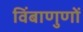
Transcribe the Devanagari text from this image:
विंबाणुणों